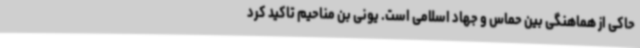
حاکی از هماهنگی بین حماس و جهاد اسلامی است. یونی بن مناحیم تاکید کرد